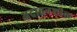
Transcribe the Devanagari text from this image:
अदाहनशील